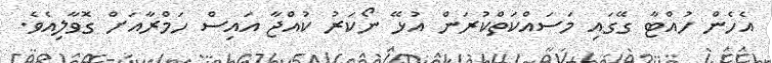
އެހެން ހުއްޓާ ގޭގައި މަސައްކަތްކުރަން އުޅޭ ނޯކަރު ކުއްޖާ އައިސް ހަމްރާއަށް ގޮވާލިއެވެ.